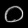
Digit: ၀